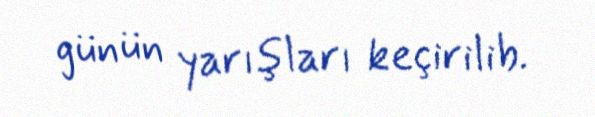
günün yarışları keçirilib.